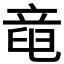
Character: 𥪖